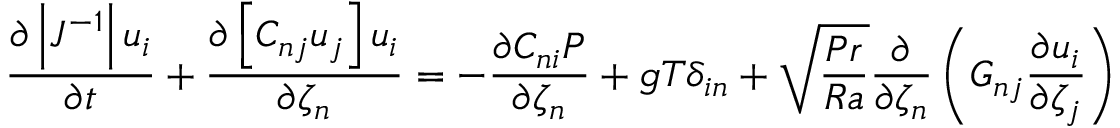
\frac { \partial \left| J ^ { - 1 } \right| u _ { i } } { \partial t } + \frac { \partial \left[ C _ { n j } u _ { j } \right] u _ { i } } { \partial \zeta _ { n } } = - \frac { \partial C _ { n i } P } { \partial \zeta _ { n } } + g T \delta _ { i n } + \sqrt { \frac { P r } { R a } } \frac { \partial } { \partial \zeta _ { n } } \left( G _ { n j } \frac { \partial u _ { i } } { \partial \zeta _ { j } } \right)